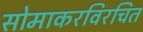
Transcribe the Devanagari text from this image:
सोमाकरविरचित